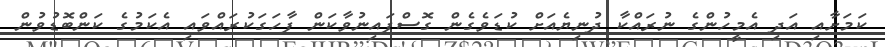
ކަމަށާއި އަދި އެމީހުންގެ ނުރައްކާ ދުނިޔެއަށް ކުޑަވެގެން ގޮސްފައިނުވާކަން ފާހަގަކުރައްވައި އެކަމުގެ ކަންބޮޑުވުން